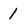
Character: 1